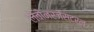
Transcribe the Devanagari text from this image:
लेवोनरजेस्ट्रल